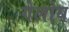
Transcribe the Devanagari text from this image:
गेलोय